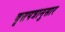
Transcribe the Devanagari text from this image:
वृत्तपत्रानुसार